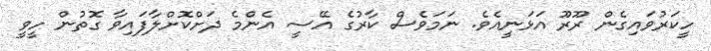
ހީކަރުވައިގެން ރޫރޫ އަޅަނީއެވެ. ނަމަވެސް ކާރުގެ އޭސީ އެންމެ ދަށްކޮށްލާފައިވާ ގޮތުން ހީވީ